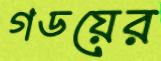
গডয়ের